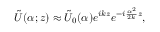
\tilde { U } ( \alpha ; z ) \approx \tilde { U } _ { 0 } ( \alpha ) e ^ { i k z } e ^ { - i \frac { \alpha ^ { 2 } } { 2 k } z } ,